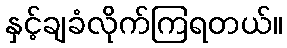
နှင့်ချခံလိုက်ကြရတယ်။